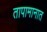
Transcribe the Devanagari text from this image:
तापामानात